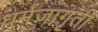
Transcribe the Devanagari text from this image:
धर्मजागृती